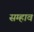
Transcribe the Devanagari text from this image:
सम्हाव